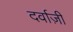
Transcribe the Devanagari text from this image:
दर्वाज़ी